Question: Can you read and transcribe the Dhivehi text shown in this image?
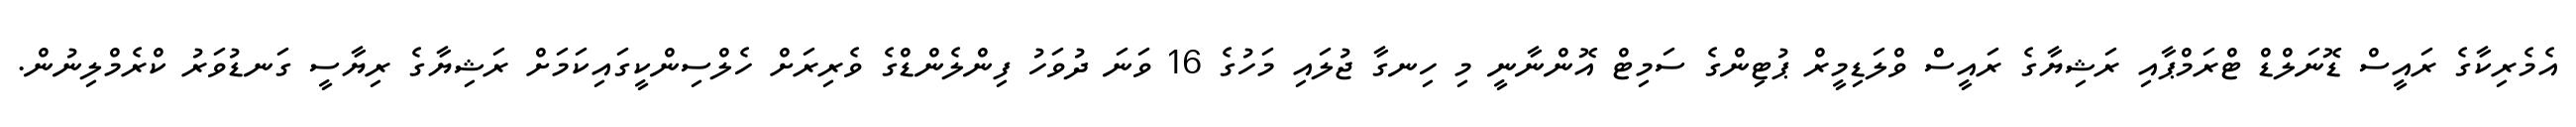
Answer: އެމެރިކާގެ ރައީސް ޑޮނަލްޑް ޓްރަމްޕާއި ރަޝިޔާގެ ރައީސް ވްލަޑިމީރް ޕުޓިންގެ ސަމިޓް އޮންނާނީ މި ހިނގާ ޖުލައި މަހުގެ 16 ވަނަ ދުވަހު ފިންލެންޑްގެ ވެރިރަށް ހެލްސިންކީގައިކަމަށް ރަޝިޔާގެ ރިޔާސީ ގަނޑުވަރު ކްރެމްލިނުން.